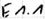
Text: E1.1